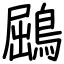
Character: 鶌